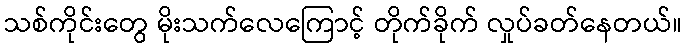
သစ်ကိုင်းတွေ မိုးသက်လေကြောင့် တိုက်ခိုက် လှုပ်ခတ်နေတယ်။